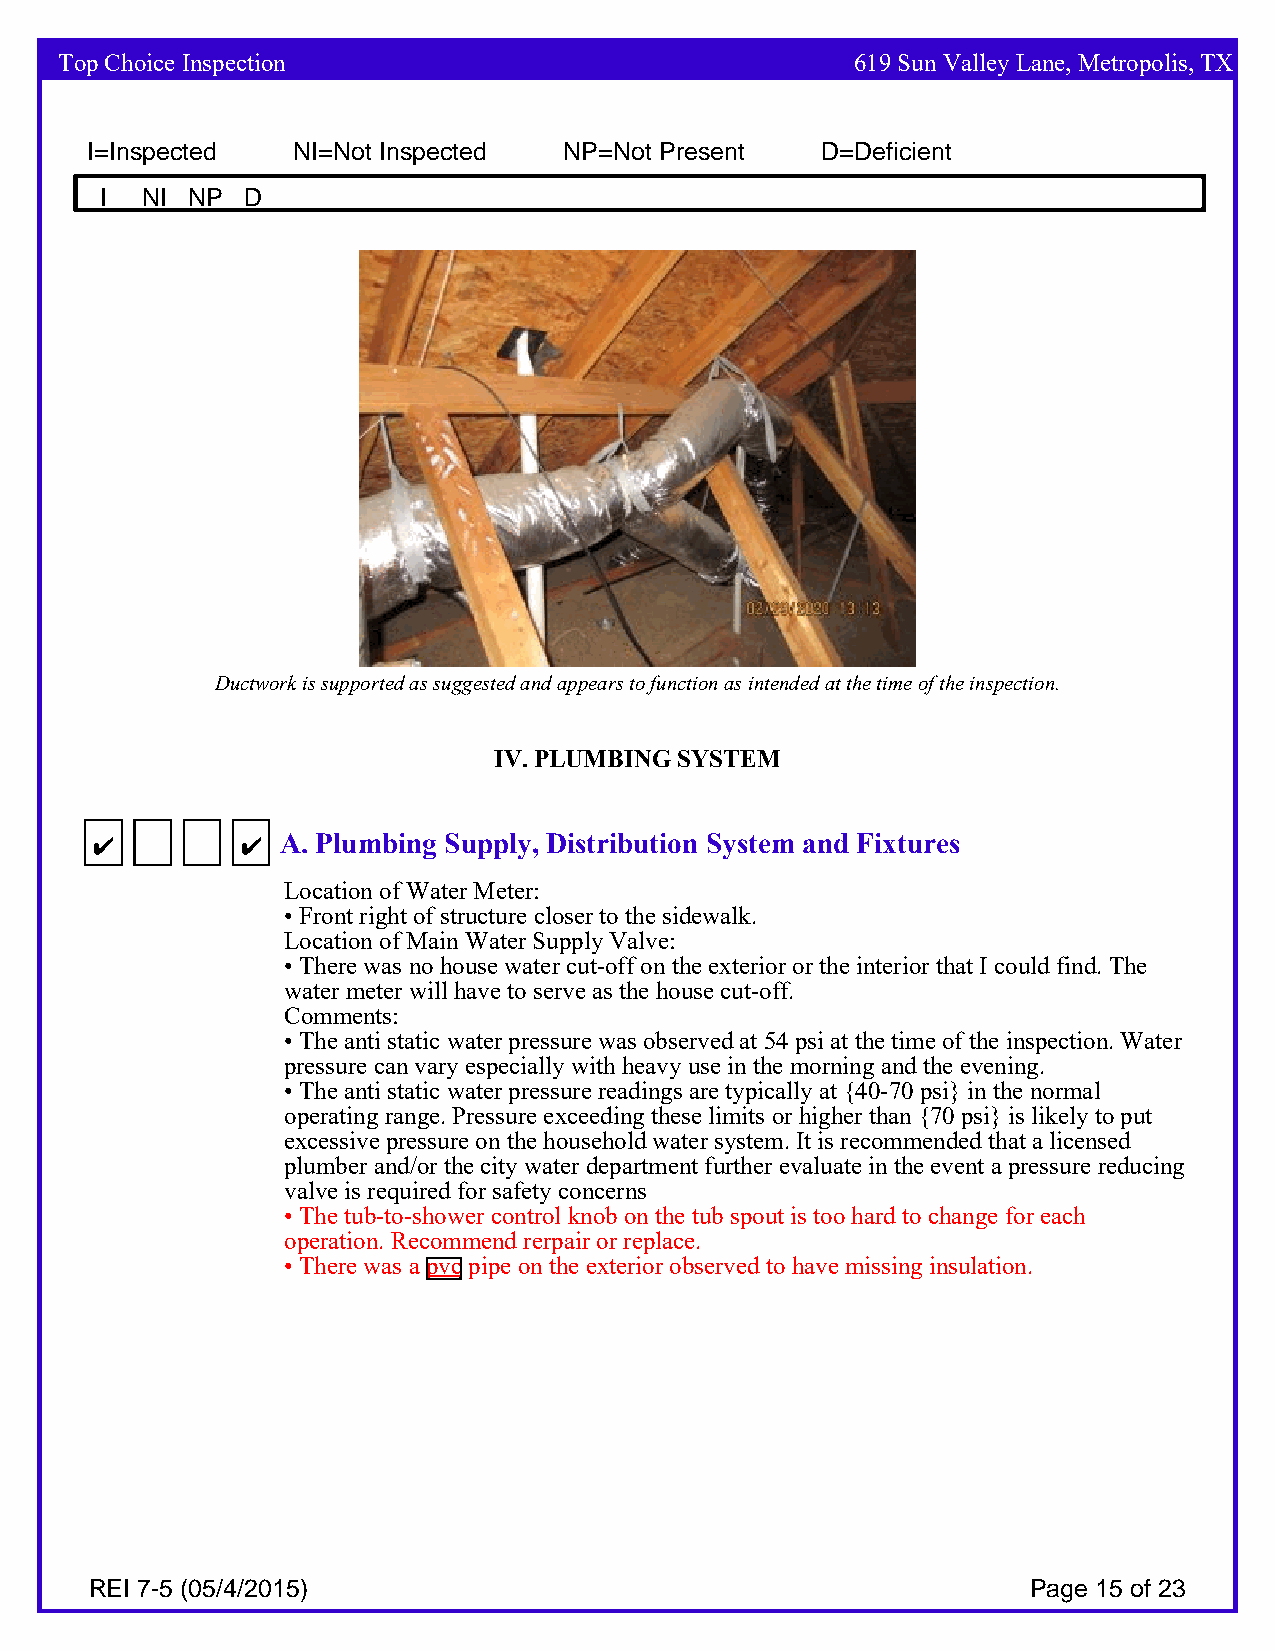
Top Choice Inspection                                619 Sun Valley Lane, Metropolis, TX
 I=Inspected  NI=Not Inspected  NP=Not Present   D=Deficient
 I NI NP  D
 Ductwork is supported as suggested and appears to function as intended at the time of the inspection.
 IV. PLUMBI NG SYSTEM
 4         4  A. Plumbing Supply, Distribution System and Fixtures
 Location of Water Meter:
 • Front right of structure closer to the sidewalk.
 Location of Main Water Supply Valve:
 • There was no house water cut-off on the exterior or the interior that I could find. The
 water meter will have to serve as the house cut-off.
 Comments:
 • The anti static water pressure was observed at 54 psi at the time of the inspection. Water
 pressure can vary especially with heavy use in the morning and the evening.
 • The anti static water pressure readings are typically at {40-70 psi} in the normal
 operating range. Pressure exceeding these limits or higher than {70 psi} is likely to put
 excessive pressure on the household water system. It is recommended that a licensed
 plumber and/or the city water department further evaluate in the event a pressure reducing
 valve is required for safety concerns
 • The tub-to-shower control knob on the tub spout is too hard to change for each
 operation. Recommend rerpair or replace.
 • There was a pvc pipe on the exterior observed to have missing insulation.
 REI 7-5 (05/4/2015)                                           Page 15 of 23